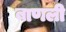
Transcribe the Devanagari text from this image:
बाणली